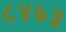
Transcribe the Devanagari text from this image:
८४७३